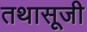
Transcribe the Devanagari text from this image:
तथासूजी